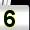
Digit: 5